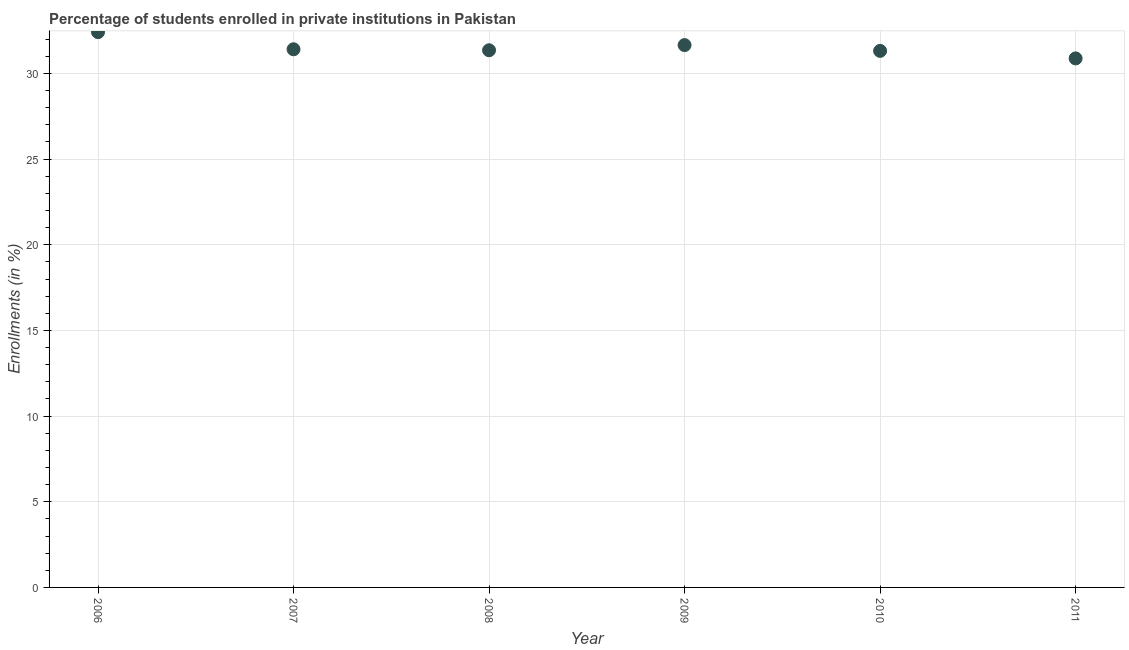
| Year | Enrollments |
 | --- | --- |
 | 2006 | 32.4 |
 | 2007 | 31.4 |
 | 2008 | 31.4 |
 | 2009 | 31.7 |
 | 2010 | 31.3 |
 | 2011 | 30.9 |